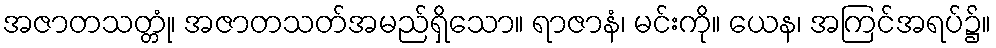
အဇာတသတ္တုံ၊ အဇာတသတ်အမည်ရှိသော။ ရာဇာနံ၊ မင်းကို။ ယေန၊ အကြင်အရပ်၌။